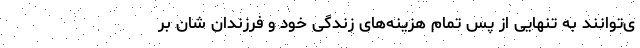
ی‌توانند به تنهایی از پس تمام هزینه‌های زندگی خود و فرزندان شان بر